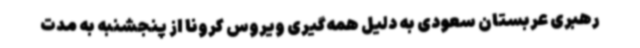
رهبری عربستان سعودی به دلیل همه‌گیری ویروس کرونا از پنجشنبه به مدت